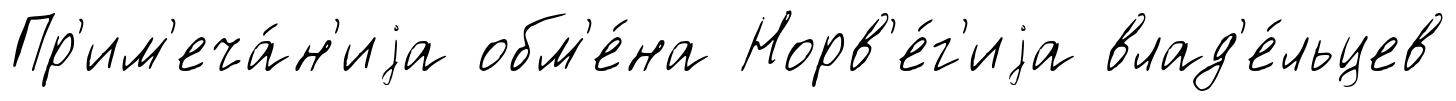
Пр'им'еча́н'иjа обм'е́на Норв'е́г'иjа влад'е́льцев